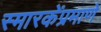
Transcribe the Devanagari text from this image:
स्मारकेंप्रमाणे